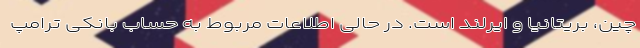
چین، بریتانیا و ایرلند است. در حالی اطلاعات مربوط به حساب بانکی ترامپ